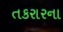
તકરારના